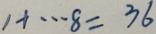
1 + \cdots 8 = 3 6